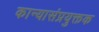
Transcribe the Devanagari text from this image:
कान्यासंप्रयुक्तक